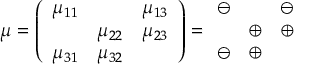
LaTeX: \mu = \left( \begin{array} { c c c } { { \mu _ { 1 1 } } } & { { } } & { { \mu _ { 1 3 } } } \\ { { } } & { { \mu _ { 2 2 } } } & { { \mu _ { 2 3 } } } \\ { { \mu _ { 3 1 } } } & { { \mu _ { 3 2 } } } & { { } } \end{array} \right) = \begin{array} { c c c } { { \ominus } } & { { } } & { { \ominus } } \\ { { } } & { { \oplus } } & { { \oplus } } \\ { { \ominus } } & { { \oplus } } & { { } } \end{array}